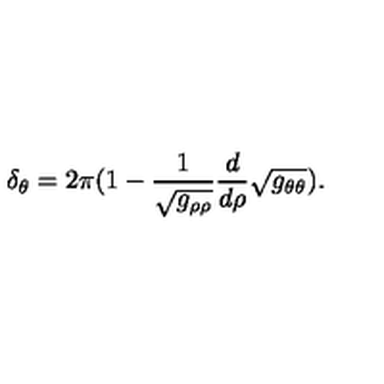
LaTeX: \delta _ { \theta } = 2 \pi ( 1 - \frac { 1 } { \sqrt { g _ { \rho \rho } } } \frac { d } { d \rho } \sqrt { g _ { \theta \theta } } ) .